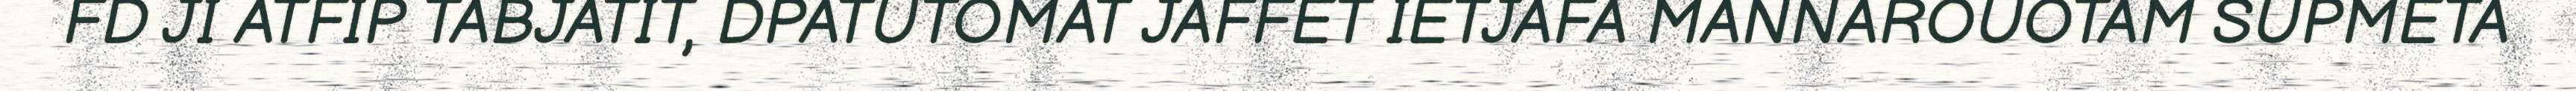
FD JI ATFIP TABJATIT, DPATUTOMAT JAFFET IETJAFA MANNAROUOTAM SUPMETA